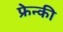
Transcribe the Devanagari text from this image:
फ्रेन्की